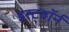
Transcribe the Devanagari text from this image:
इस्ट्बॉर्न